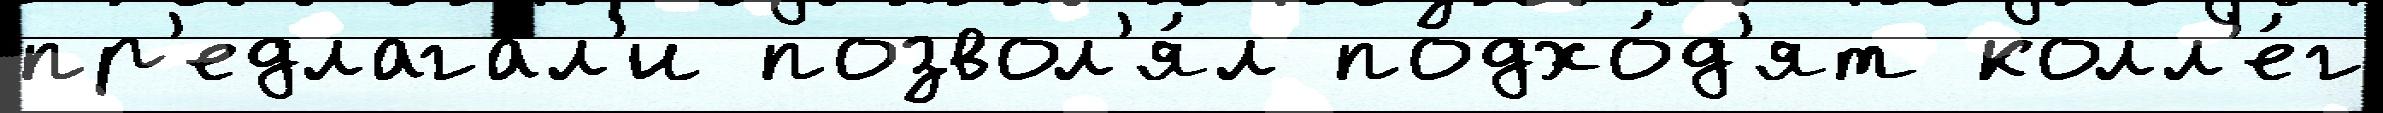
пр'едлага́л'и позвол'я́л подхо́д'ят колл'е́г